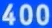
400